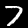
Digit: 7